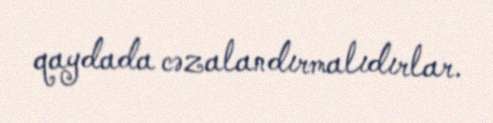
qaydada cəzalandırmalıdırlar.